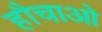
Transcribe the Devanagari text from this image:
हौचाओ